Leaving Certificate Examination (including Day School Certificate (Higher) General paper), 1927
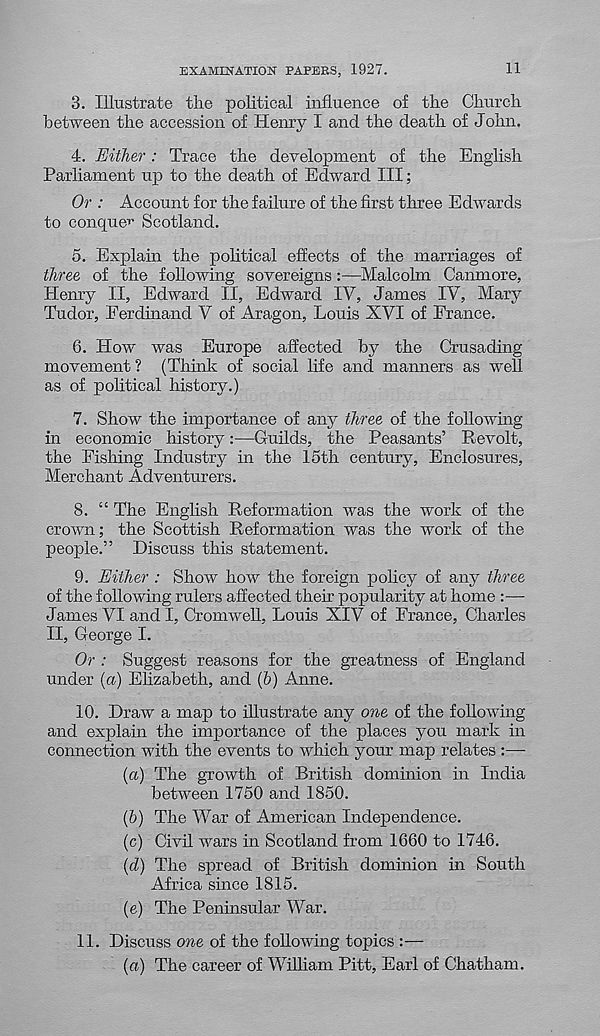
EXAMINATION PAPERS, 1927.
11
3. Illustrate the political influence of the Church
between the accession of Henry I and the death of John.
4. Either: Trace the development of the English
Parliament up to the death of Edward III;
Or : Account for the failure of the first three Edwards
to conquer Scotland.
5. Explain the political effects of the marriages of
three of the following sovereigns:—Malcolm Canmore,
Henry II, Edward II, Edward IV, James IV, Mary
Tudor, Ferdinand V of Aragon, Louis XVI of France.
6. How was Europe affected by the Crusading
movement ? (Think of social life and manners as well
as of political history.)
7. Show the importance of any three of the following
in economic history:—Guilds, the Peasants’ Revolt,
the Fishing Industry in the 15th century, Enclosures,
Merchant Adventurers.
8. “ The English Reformation was the work of the
crown; the Scottish Reformation was the work of the
people.” Discuss this statement.
9. Either : Show how the foreign policy of any three
of the following rulers affected their popularity at home :—
James VI and I, Cromwell, Louis XIV of France, Charles
II, George I.
Or : Suggest reasons for the greatness of England
under {a) Elizabeth, and (5) Anne.
10. Draw a map to illustrate any one of the following
and explain the importance of the places you mark in
connection with the events to which your map relates :—
(а) The growth of British dominion in India
between 1750 and 1850.
(б) The War of American Independence.
(c) Civil wars in Scotland from 1660 to 1746.
(d) The spread of British dominion in South
Africa since 1815.
(e) The Peninsular War.
11. Discuss one of the following topics :—
(a) The career of William Pitt, Earl of Chatham.